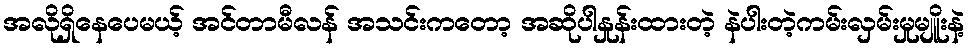
အလိုရှိနေပေမယ့် အင်တာမီလန် အသင်းကတော့ အဆိုပါနှုန်းထားတဲ့ နဲပါးတဲ့ကမ်းလှမ်းမှုမျိူးနဲ့